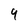
Character: 9